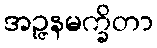
အဉ္ဇနမက္ခိတာ